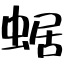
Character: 蜛